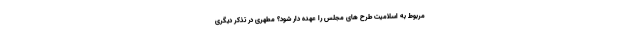
مربوط به اسلامیت طرح های مجلس را عهده دار شود؟ مطهری در تذکر دیگری